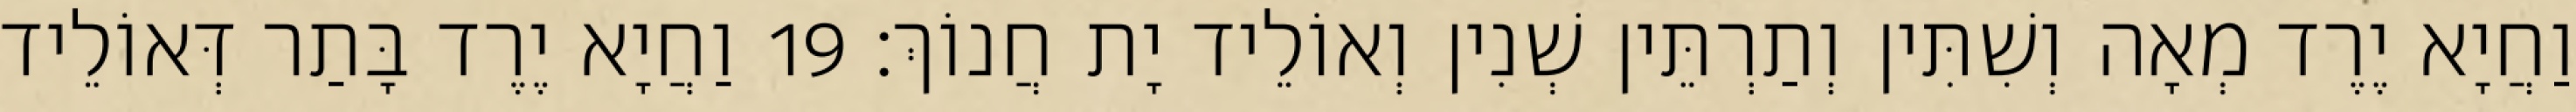
וַחֲיָא יֶרֶד מְאָה וְשִׁתִּין וְתַרְתֵּין שְׁנִין וְאוֹלֵיד יָת חֲנוֹךְ׃ 19 וַחֲיָא יֶרֶד בָּתַר דְּאוֹלֵיד